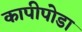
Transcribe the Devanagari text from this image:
कापीपोडा